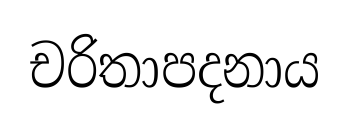
චරිතාපදනාය